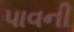
પાવની